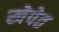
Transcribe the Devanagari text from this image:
खेपेत